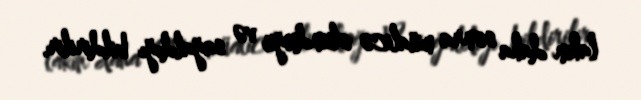
lakin daha sonra müalicə olunduğu və sağaldığı bildirilir.